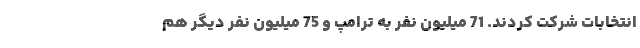
انتخابات شرکت کردند. 71 میلیون نفر به ترامپ و 75 میلیون نفر دیگر هم